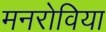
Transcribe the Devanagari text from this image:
मनरोविया